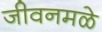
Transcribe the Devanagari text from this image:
जीवनमळे